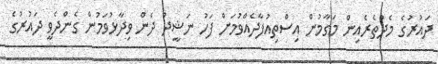
ދައުރުގެ މެދުތެރެއިން މަގާމުން އިސްތިއުފާދެއްވުމަށް ފަހު ނަޝީދު ދެން ވިދާޅުވަމުން ގެންދެވީ ދައުރުގެ